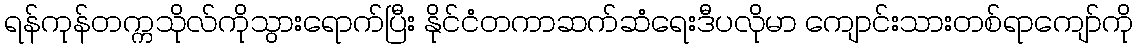
ရန်ကုန်တက္ကသိုလ်ကိုသွားရောက်ပြီး နိုင်ငံတကာဆက်ဆံရေးဒီပလိုမာ ကျောင်းသားတစ်ရာကျော်ကို